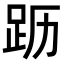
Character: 𬦣